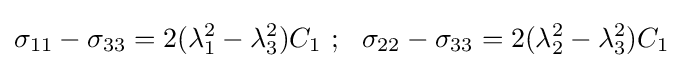
\sigma _{11}-\sigma _{33}=2(\lambda _{1}^{2}-\lambda _{3}^{2})C_{1}~;~~\sigma _{22}-\sigma _{33}=2(\lambda _{2}^{2}-\lambda _{3}^{2})C_{1}